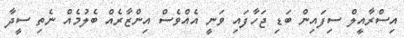
އިސްރާއީލް ސިފައިން ބަޑި ޖަހާފައި ވަނީ އެއްވެސް އިންޒާރެއް ބެލުމެއް ނެތި ސީދާ